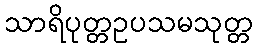
သာရိပုတ္တဥပသမသုတ္တ